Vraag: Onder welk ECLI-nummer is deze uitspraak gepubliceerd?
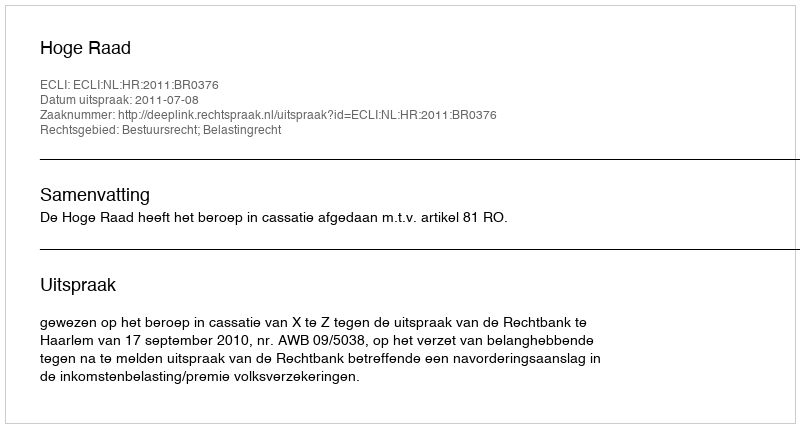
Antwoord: ECLI:NL:HR:2011:BR0376